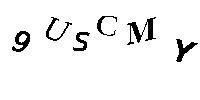
9USCMY